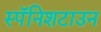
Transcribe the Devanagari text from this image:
स्पॅनिशटाउन